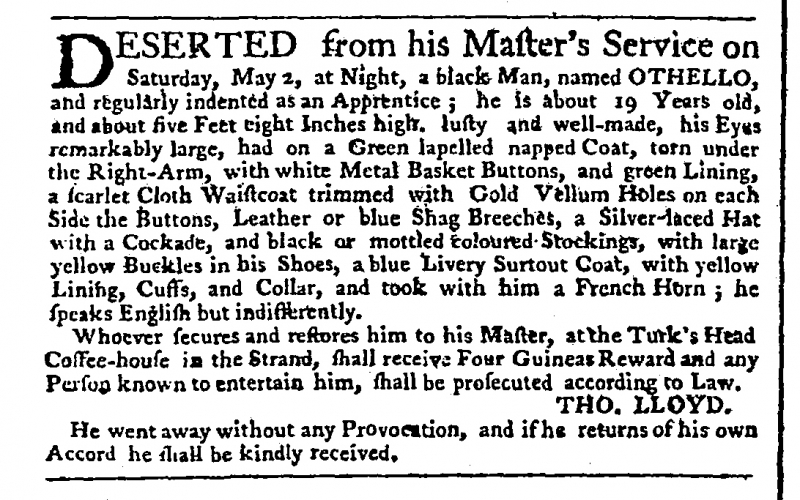
Public Advertiser, 6 May 1761 (England)
DESERTED from his Master’s Service on Saturday, May 2, at Night, a black Man, named OTHELLO, and regularly indented as an Apprentice; he is about 19 Years old, and about five Feet eight Inches high, lusty and well-made, his Eyes remarkably large, had on a Green lapelled napped Coat, torn under the Right-Arm, with white Metal Basket Buttons, and green Lining, a scarlet Cloth Waistcoat trimmed with Gold Vellum Holes on each Side the Buttons, Leather or blue Shag Breeches, a Silver-laced Hat with a Cockade, and black or mottled coloured Stockings, with large yellow Buckles in his Shoes, a blue Livery Surtout Coat, with yellow Lining, Cuffs and Collar, and took with him a French Horn; he speaks English but indifferently.   Whoever secures him and restores him to his Master, at Turk’s Head Coffee-house in the Strand, shall receive Four Guineas Reward and any Person known to entertain him, shall be prosecuted according to Law.                                         THO. LLOYD.   He went away without any Provocation, and if he returns of his own Accord he shall be kindly received.